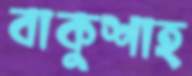
বাকুশাহ